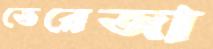
তেরেজা